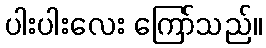
ပါးပါးလေး ကြော်သည်။